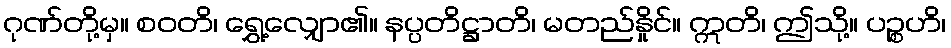
ဂုဏ်တို့မှ။ စဝတိ၊ ရွှေ့လျှော၏။ နပ္ပတိဋ္ဌာတိ၊ မတည်နှိုင်။ ဣတိ၊ ဤသို့။ ပဉ္စဟိ၊